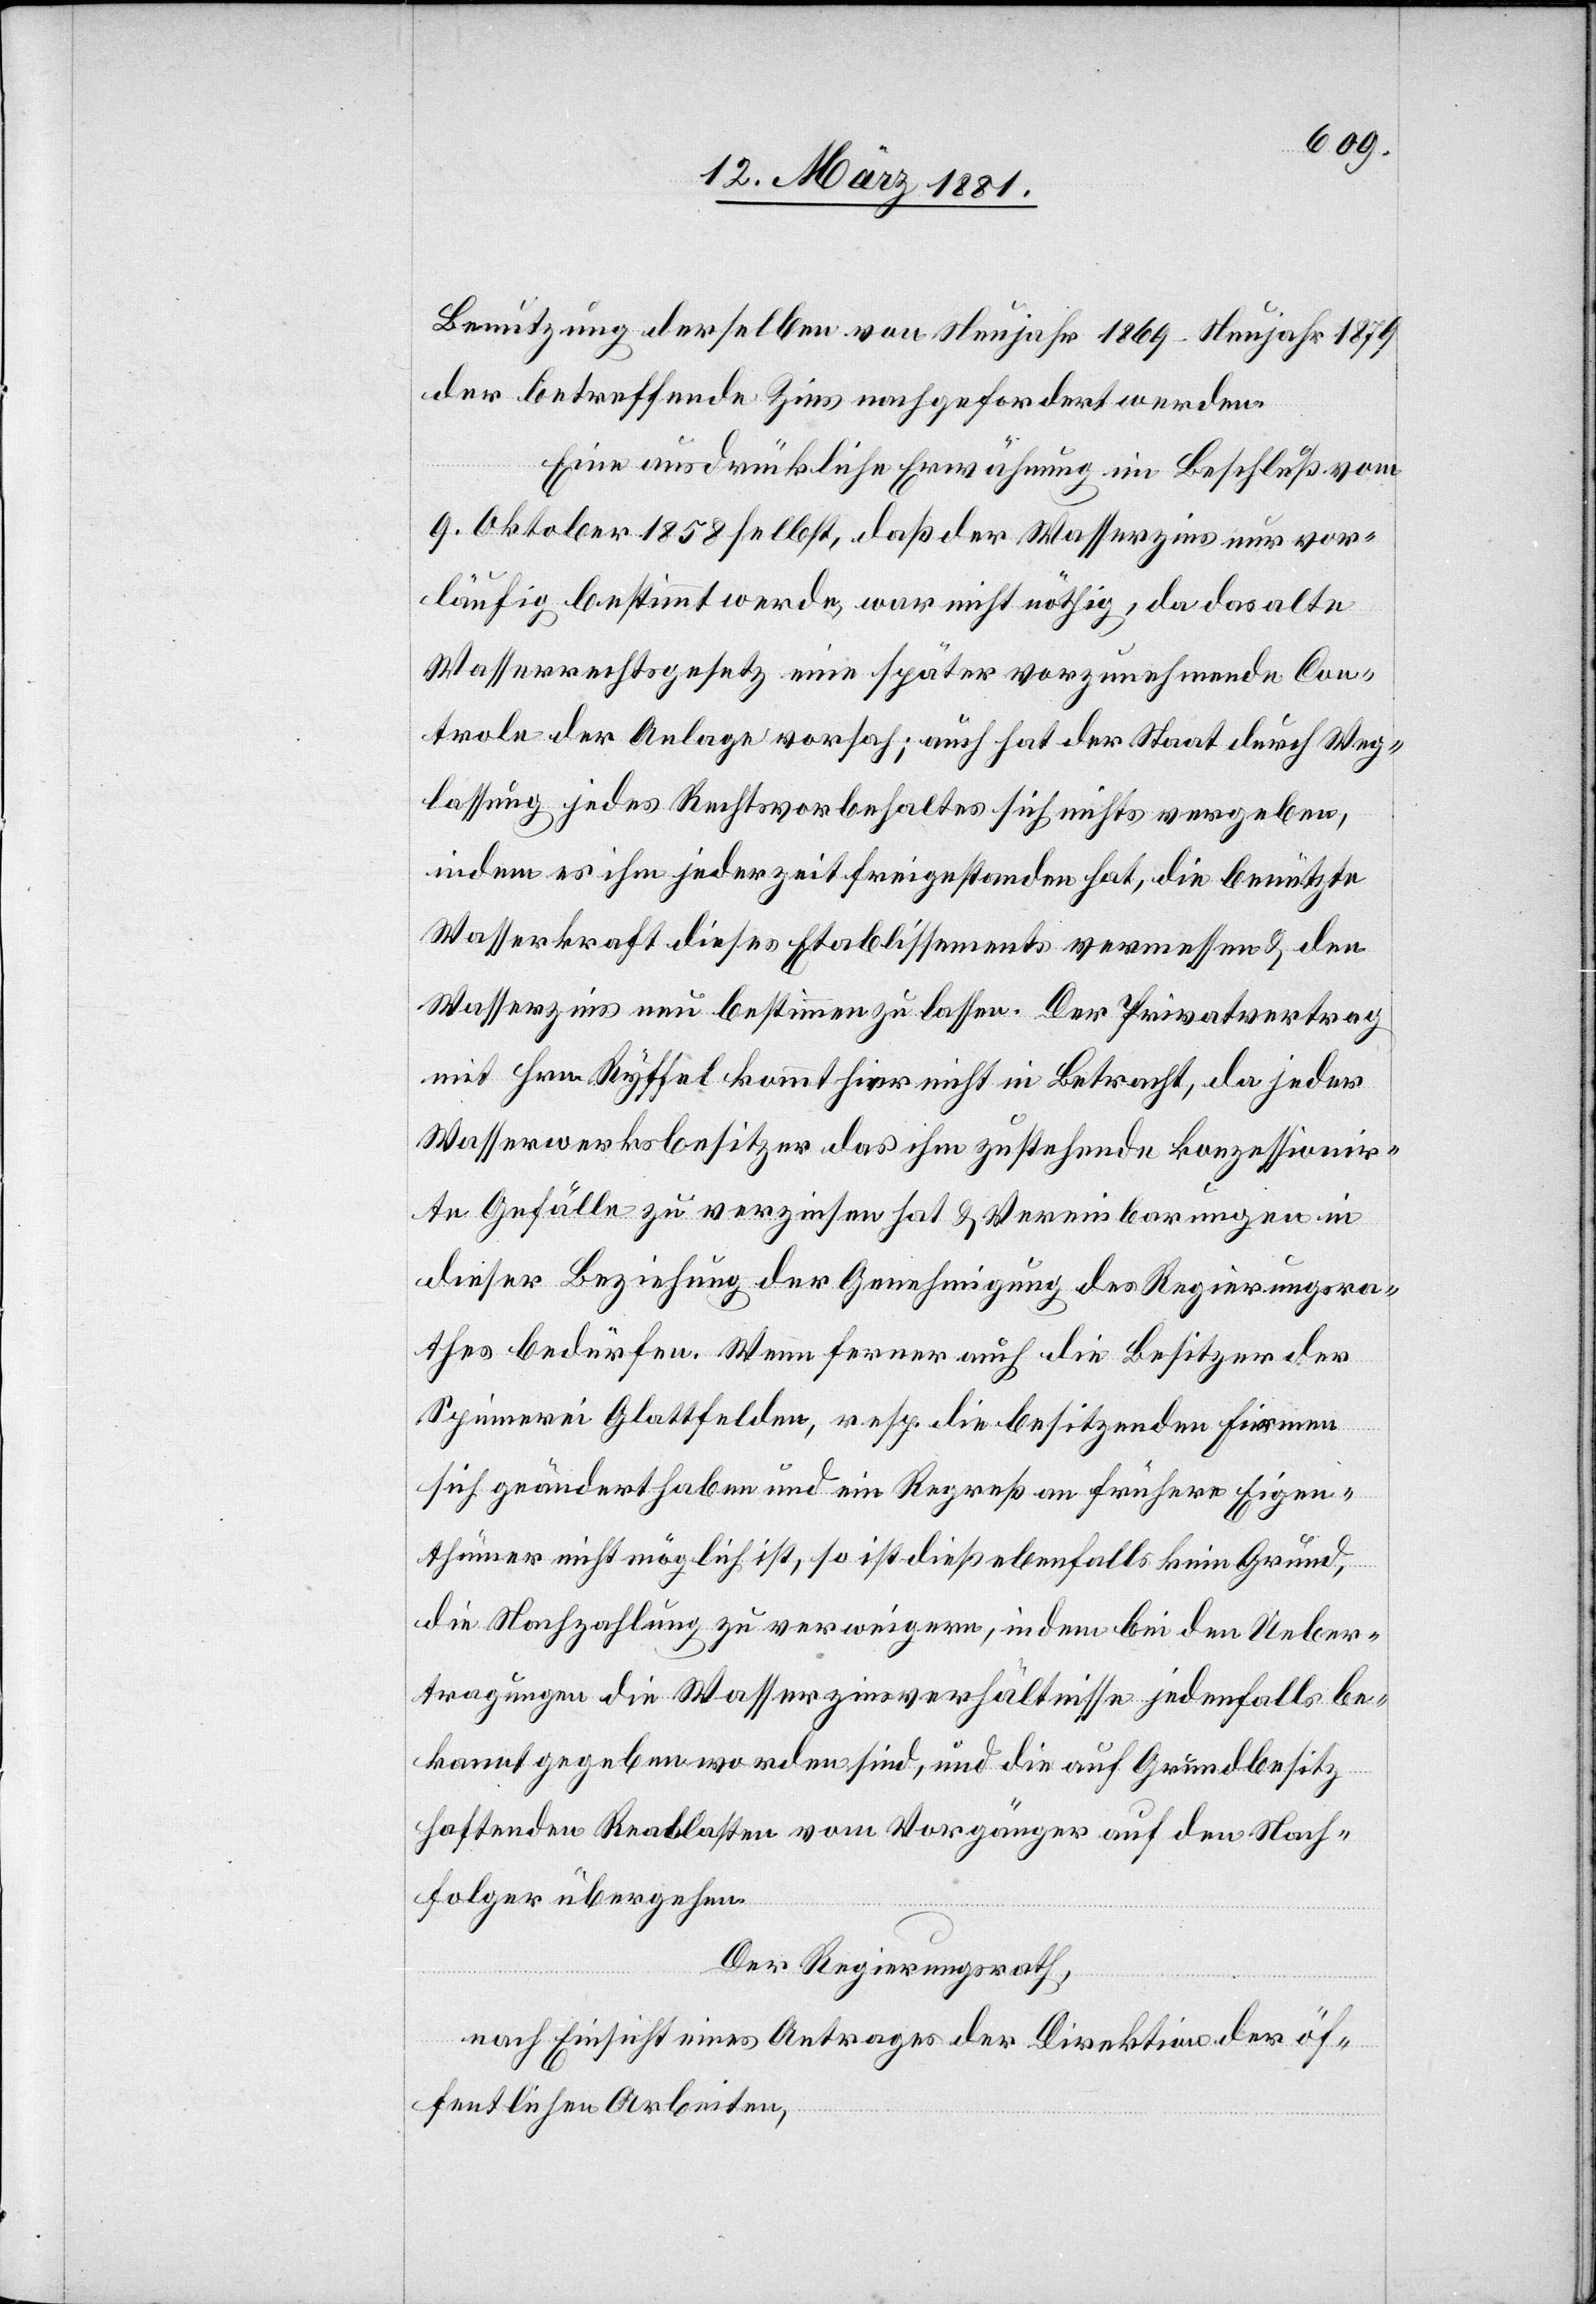
Benutzung derselben von Neujahr 1869–Neujahr 1879
der betreffende Zins nachgefordert werden.
Eine ausdrückliche Erwähnung im Beschluß vom
9. Oktober 1858 selbst, daß der Wasserzins nur vor¬
läufig bestimmt werde, war nicht nöthig, da das alte
Wasserrechtgesetz eine später vorzunehmende Con¬
trole der Anlage vorsah; auch hat der Staat durch Weg¬
lassung jedes Rechtsvorbehaltes sich nichts vergeben,
indem es ihm jederzeit freigestanden hat, die benützte
Wasserkraft dieses Etablissements vermessend & den
Wasserzins neu bestimmen zu lassen. der Privatvertrag
mit Hrn. Ryffel kommt hier nicht in Betracht, da jeder
Wasserwerksbesitzer das ihm zustehende konzessionir¬
te Gefälle zu verzinsen hat & Vereinbarungen in
dieser Beziehung der Genehmigung des Regierungsra¬
thes bedürfen. Wenn ferner auch die Besitzer der
Spinnerei Glattfelden, resp. die besitzenden Firmen
sich geändert haben und ein Regreß an frühere Eigen¬
thümer nicht möglich ist, so ist dieß ebenfalls kein Grund,
die Nachbezahlung zu verweigern, indem bei den Ueber¬
tragungen die Wasserzinsverhältnisse jedenfalls be¬
kannt gegeben worden sind, und die auf Grundbesitz
haftenden Reallasten vom Vorgänger auf den Nach¬
folger übergehen.
Der Regierungsrath,
nach Einsicht eines Antrages der Direktion der öf¬
fentlichen Arbeiten,